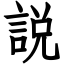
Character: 説